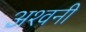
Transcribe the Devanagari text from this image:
अश्‍वनी